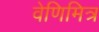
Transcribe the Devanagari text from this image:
वेणिमित्र